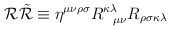
\begin{align*}{\cal{R}} {\tilde{\cal{R}}} \equiv {\cal{\eta}}^{\mu \nu \rho \sigma} R^{\kappa \lambda} _{\;\;\;\mu \nu} R_{\rho \sigma \kappa \lambda}\end{align*}